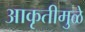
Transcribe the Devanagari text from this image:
आकृतीमुळे